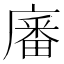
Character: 㢖